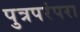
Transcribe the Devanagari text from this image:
पुत्रपरंपरा